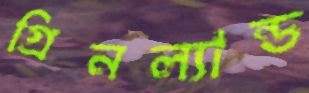
গ্রিনল্যান্ড